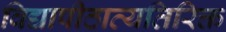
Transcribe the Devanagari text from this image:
विद्यापीठाव्यतिरिक्त